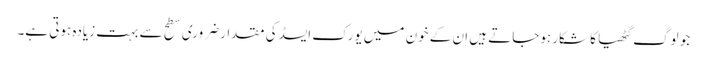
جو لوگ گٹھیا کا شکار ہوجاتے ہیں ان کے خون میں یورک ایسڈ کی مقدار ضروری سطح سے بہت زیادہ ہوتی ہے۔